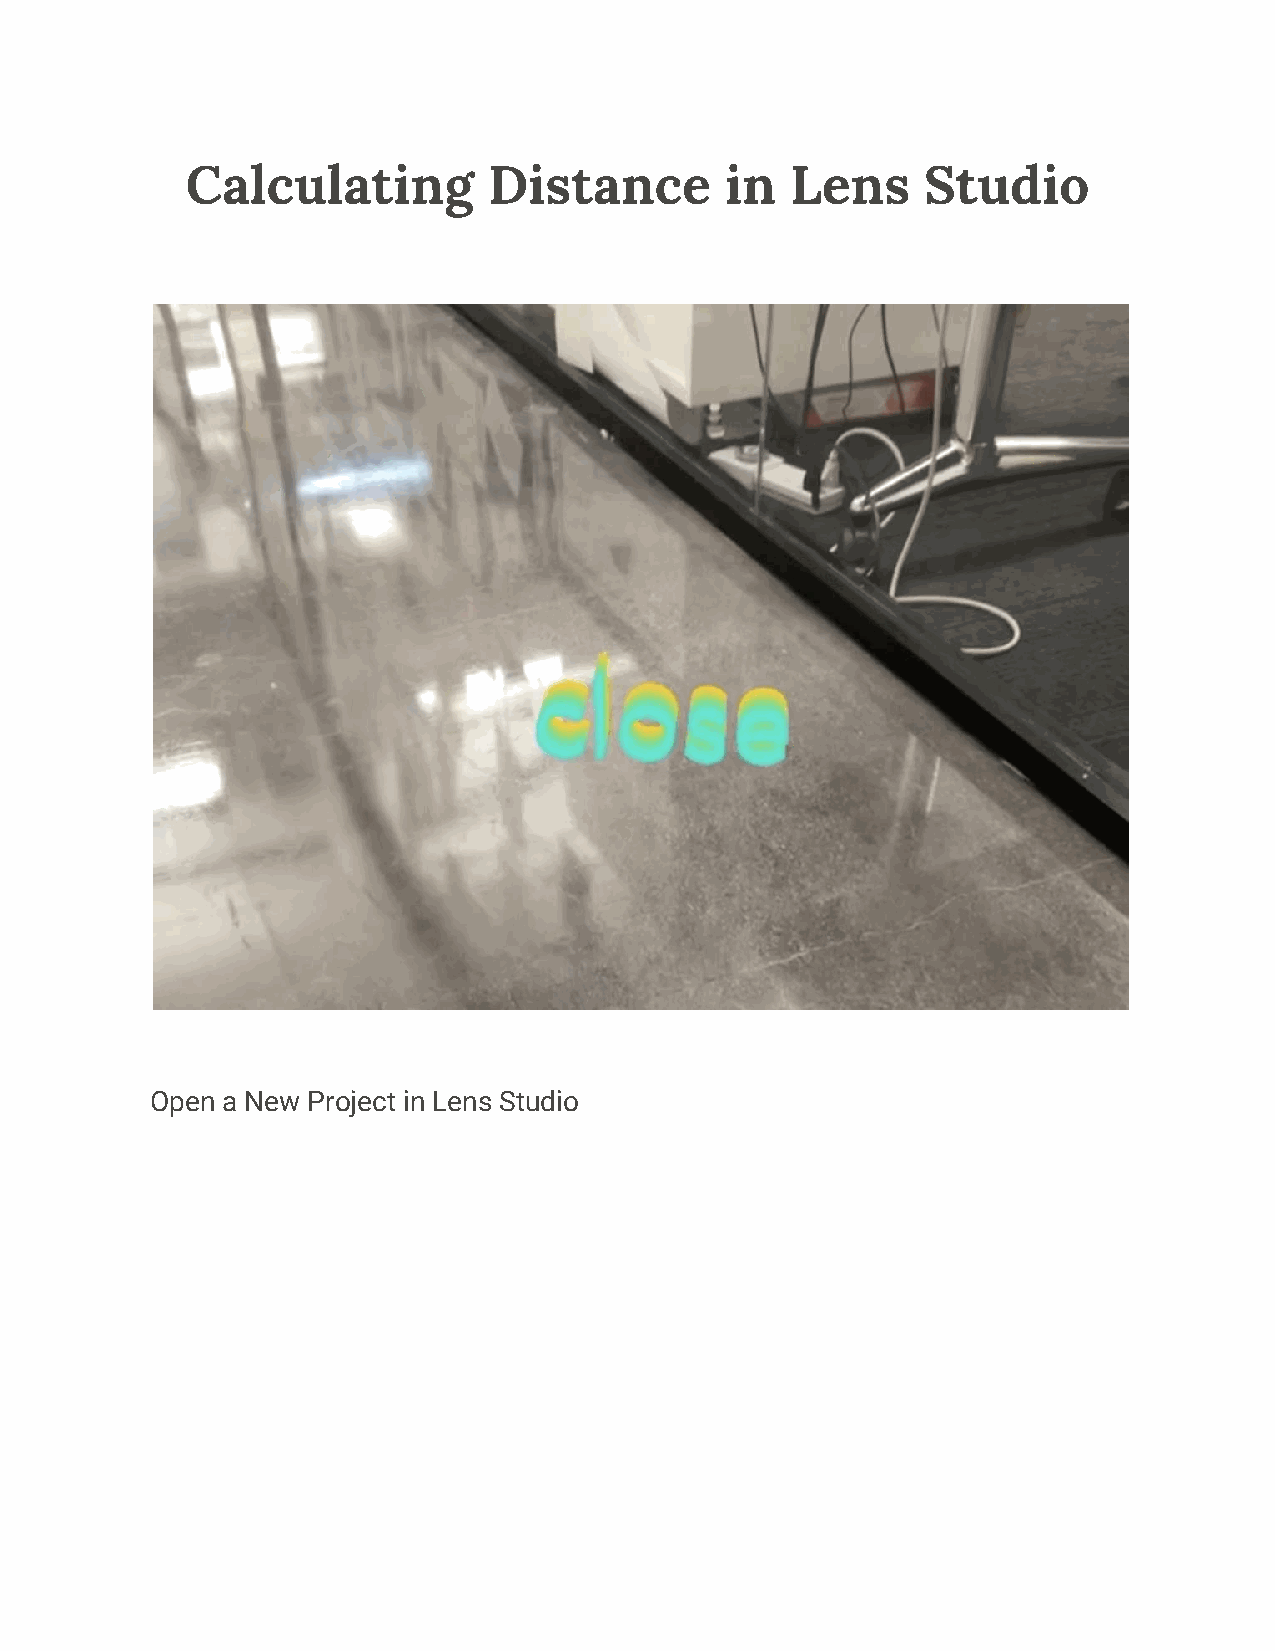
Calculating         Distance        in  Lens     Studio
 Open a New Project in Lens Studio